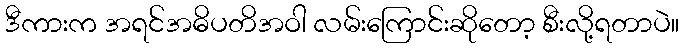
ဒီကားက အရင်အဓိပတိအဝါ လမ်းကြောင်းဆိုတော့ စီးလို့ရတာပဲ။